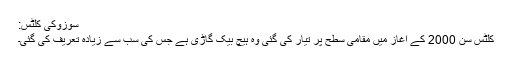
سوزوکی کلٹس:
کلٹس سن 2000 کے آغاز میں مقامی سطح پر تیار کی گئی وہ ہیچ بیک گاڑی ہے جس کی سب سے زیادہ تعریف کی گئی۔